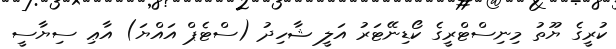
ކުރީގެ ޔޫތު މިނިސްޓްރީގެ ކޯޑިނޭޓަރު އަލީ ޝާހިދު (ސްޓެޕް އައްޔަ) އާޢި ސިޔާސީ